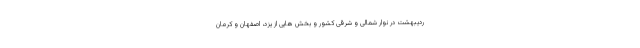
ردیبهشت در نوار شمالی و شرقی کشور و بخش هایی از یزد، اصفهان و کرمان